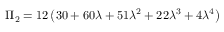
\Pi _ { 2 } = 1 2 \left( 3 0 + 6 0 \lambda + 5 1 \lambda ^ { 2 } + 2 2 \lambda ^ { 3 } + 4 \lambda ^ { 4 } \right)